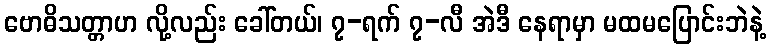
ဗောဓိသတ္တာဟ လို့လည်း ခေါ်တယ်၊ ၇-ရက် ၇-လီ အဲဒီ နေရာမှာ မထမပြောင်းဘဲနဲ့